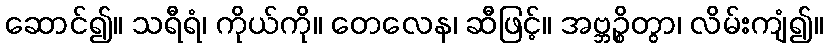
ဆောင်၍။ သရီရံ၊ ကိုယ်ကို။ တေလေန၊ ဆီဖြင့်။ အဗ္ဘဉ္စိတွာ၊ လိမ်းကျံ၍။